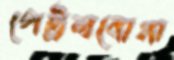
পেট্রলবোমা